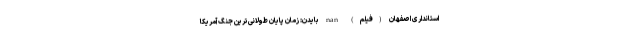
استانداری اصفهان (فیلم) nan بایدن: زمان پایان طولانی‌ترین جنگ آمریکا